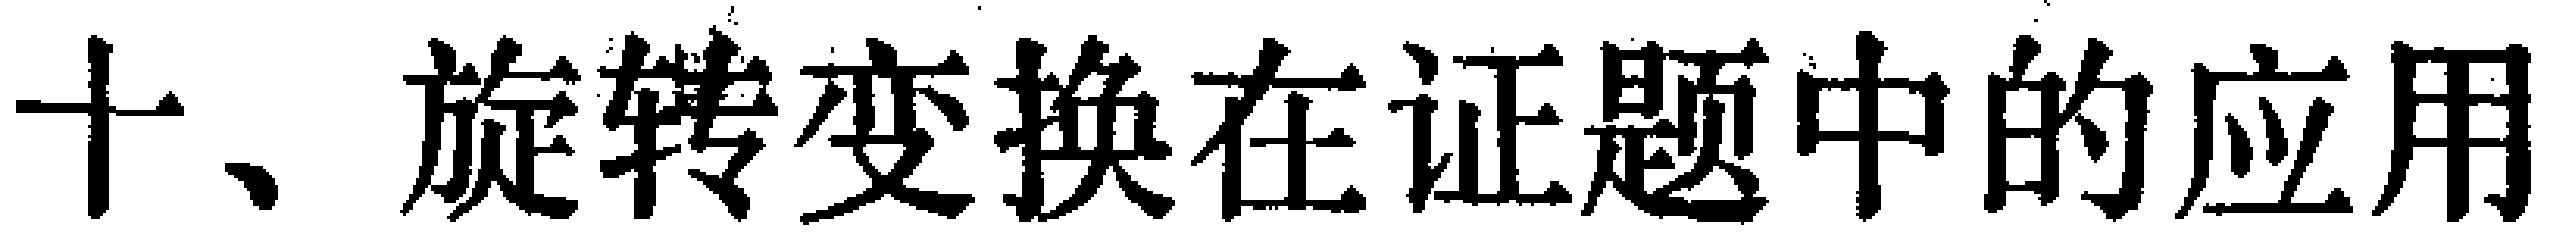
十、旋转变换在证题中的应用